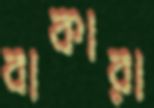
বাকারা